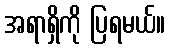
အရာရှိကို ပြရမယ်။